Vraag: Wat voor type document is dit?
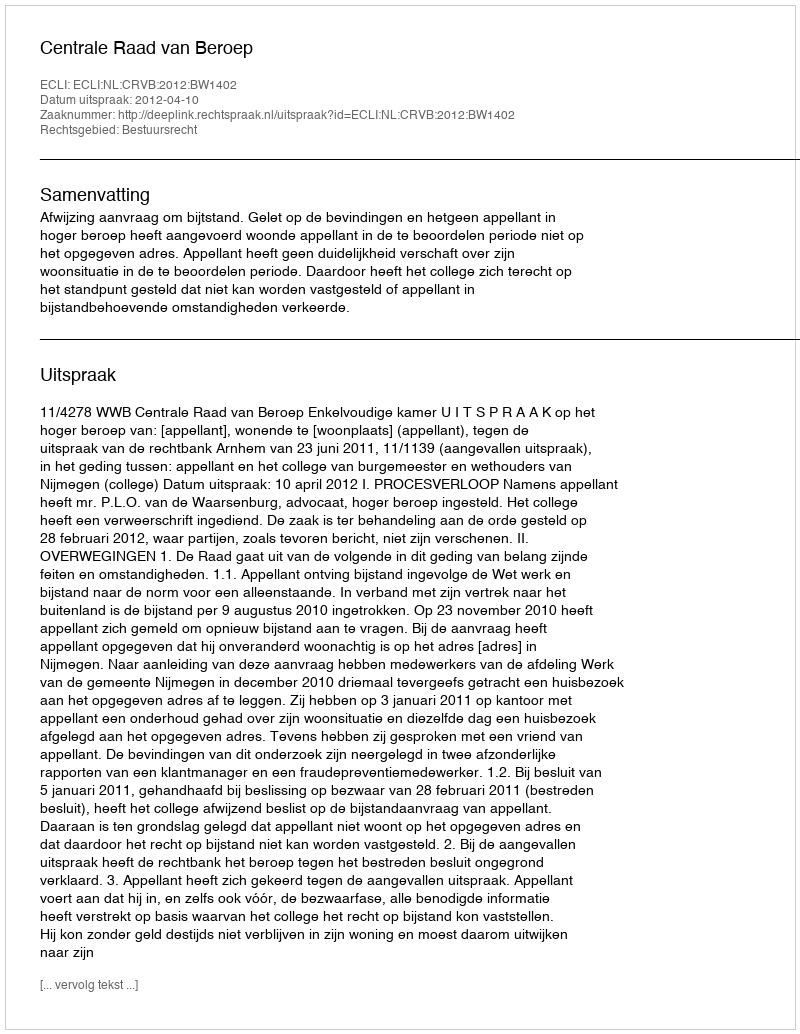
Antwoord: Uitspraak